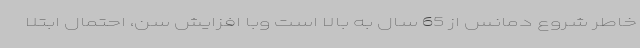
خاطر شروع دمانس از 65 سال به بالا است وبا افزایش سن، احتمال ابتلا